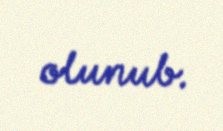
olunub.